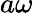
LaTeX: a\omega